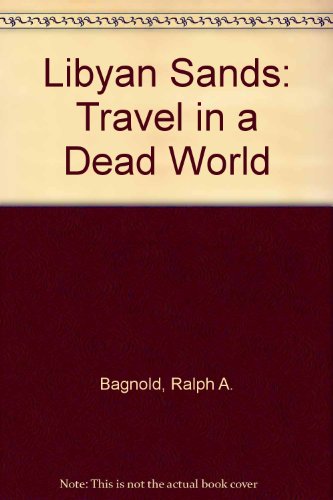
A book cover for Libyan Sands: Travel in a Dead World; Ralph A. Bagnold; Travel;